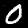
Label: 0